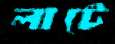
লাটে